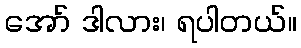
အော် ဒါလား၊ ရပါတယ်။